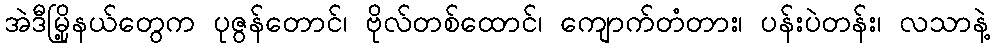
အဲဒီမြို့နယ်တွေက ပုဇွန်တောင်၊ ဗိုလ်တစ်ထောင်၊ ကျောက်တံတား၊ ပန်းပဲတန်း၊ လသာနဲ့